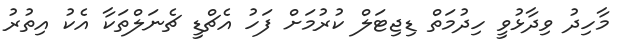
މާހިދު ވިދާޅުވީ ހިދުމަތް ޑިޖިޓަލް ކުރުމަށް ފަހު އެޗްޑީ ޗެނަލްތަކާ އެކު އިތުރު